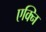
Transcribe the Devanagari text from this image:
एक्नि